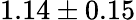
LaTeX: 1.14\pm 0.15